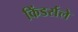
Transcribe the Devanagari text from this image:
किंडर्सले